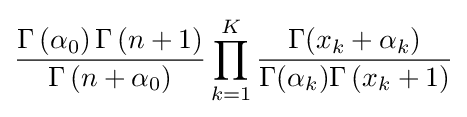
{\frac {\Gamma \left(\alpha _{0}\right)\Gamma \left(n+1\right)}{\Gamma \left(n+\alpha _{0}\right)}}\prod _{k=1}^{K}{\frac {\Gamma (x_{k}+\alpha _{k})}{\Gamma (\alpha _{k})\Gamma \left(x_{k}+1\right)}}